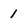
Character: 1